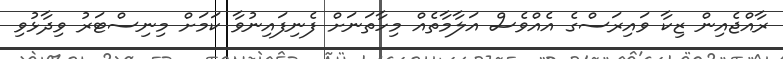
ރާއްޖެއިން ޒިކާ ވައިރަސްގެ އެއްވެސް އަލާމާތެއް މިހާތަނަށް ފެނިފައިނުވާ ކަމަށް މިނިސްޓަރު ވިދާޅުވި